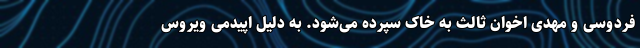
فردوسی و مهدی اخوان ثالث به خاک سپرده می‌شود. به دلیل اپیدمی ویروس